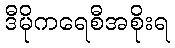
ဒီမိုကရေစီအစိုးရ